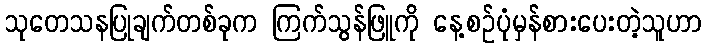
သုတေသနပြုချက်တစ်ခုက ကြက်သွန်ဖြူကို နေ့စဉ်ပုံမှန်စားပေးတဲ့သူဟာ